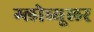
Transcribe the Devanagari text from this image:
ग्लोब्यूलर